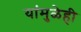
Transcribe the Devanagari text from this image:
यांमुळेही